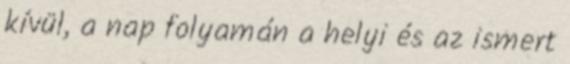
kívül, a nap folyamán a helyi és az ismert